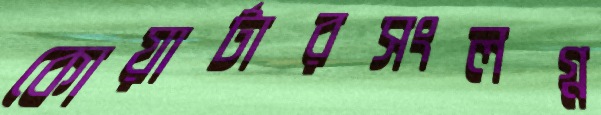
কোয়ার্টারসংলগ্ন